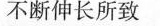
不断伸长所致